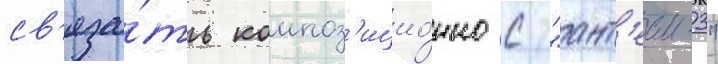
св'яза́ть композ'ицио́нно с "ант'еем-3"